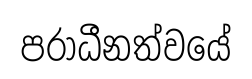
පරාධීනත්වයේ